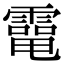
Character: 𩅐